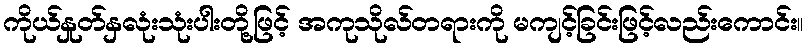
ကိုယ်နှုတ်နှလုံးသုံးပါးတို့ဖြင့် အကုသိုလ်တရားကို မကျင့်ခြင်းဖြင့်လည်းကောင်း။